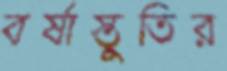
বর্ষাস্তুতির